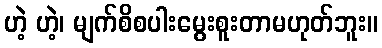
ဟဲ့ ဟဲ့၊ မျက်စိစပါးမွေးစူးတာမဟုတ်ဘူး။